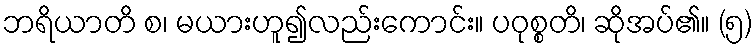
ဘရိယာတိ စ၊ မယားဟူ၍လည်းကောင်း။ ပဝုစ္စတိ၊ ဆိုအပ်၏။ (၅)